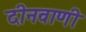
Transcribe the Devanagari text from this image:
दीनवाणी